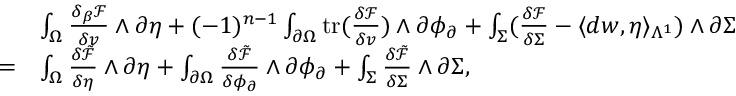
\begin{array} { r l } & { \int _ { \Omega } \frac { \delta _ { \beta } \mathcal { F } } { \delta v } \wedge \partial \eta + ( - 1 ) ^ { n - 1 } \int _ { \partial \Omega } \mathrm { t r } ( \frac { \delta \mathcal { F } } { \delta v } ) \wedge \partial \phi _ { \partial } + \int _ { \Sigma } ( \frac { \delta \mathcal { F } } { \delta \Sigma } - \langle d w , \eta \rangle _ { \Lambda ^ { 1 } } ) \wedge \partial \Sigma } \\ { = } & { \int _ { \Omega } \frac { \delta \tilde { \mathcal { F } } } { \delta \eta } \wedge \partial \eta + \int _ { \partial \Omega } \frac { \delta \tilde { \mathcal { F } } } { \delta \phi _ { \partial } } \wedge \partial \phi _ { \partial } + \int _ { \Sigma } \frac { \delta \tilde { \mathcal { F } } } { \delta \Sigma } \wedge \partial \Sigma , } \end{array}